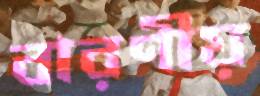
বারণীয়